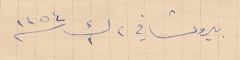
بيروت في ٢ ك١ سنة ١٩٥٤